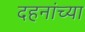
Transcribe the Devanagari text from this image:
दहनांच्या